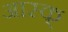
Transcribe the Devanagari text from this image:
आस्क्